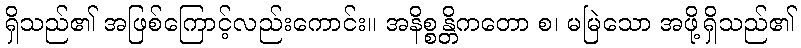
ရှိသည်၏ အဖြစ်ကြောင့်လည်းကောင်း။ အနိစ္စန္တိကတော စ၊ မမြဲသော အဖို့ရှိသည်၏